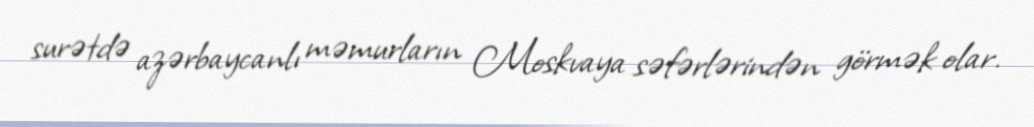
surətdə azərbaycanlı məmurların Moskvaya səfərlərindən görmək olar.